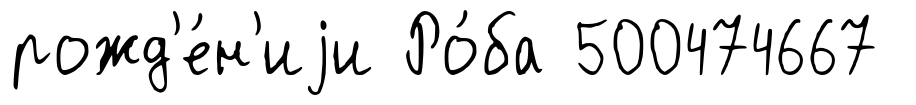
рожд'е́н'иjи Ро́ба 500474667